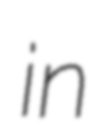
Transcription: in